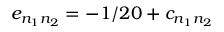
e _ { n _ { 1 } n _ { 2 } } = - 1 / 2 0 + c _ { n _ { 1 } n _ { 2 } }